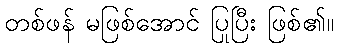
တစ်ဖန် မဖြစ်အောင် ပြုပြီး ဖြစ်၏။